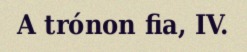
A trónon fia, IV.